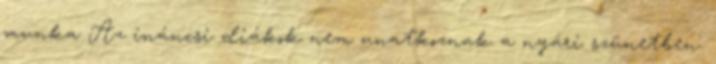
munka Az ináncsi diákok nem unatkoznak a nyári szünetben.